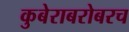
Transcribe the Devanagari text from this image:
कुबेराबरोबरच